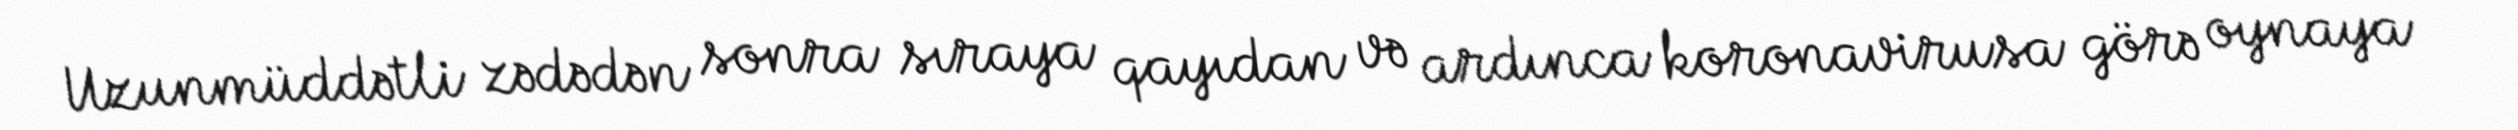
Uzunmüddətli zədədən sonra sıraya qayıdan və ardınca koronavirusa görə oynaya